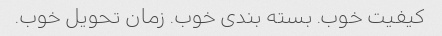
کیفیت خوب. بسته بندی خوب. زمان تحویل خوب.